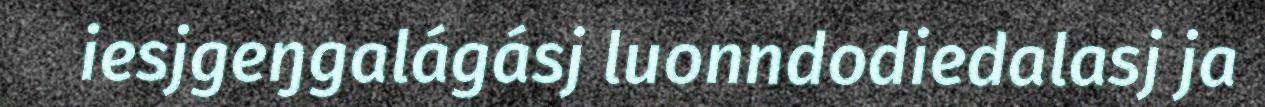
iesjgeŋgalágásj luonndodiedalasj ja